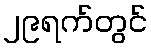
၂၉ရက်တွင်